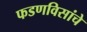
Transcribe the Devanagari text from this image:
फडणविसांचे